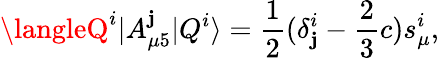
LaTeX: \langleQ^{i}|A_{\mu5}^{\mathbf{j}}|Q^{i}\rangle=\frac{{1}}{{2}}(\delta_{\mathbf{j}}^{i}-\frac{{2}}{{3}}c)s_{\mu}^{i},